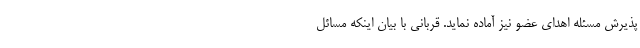
پذیرش مسئله اهدای عضو نیز آماده نماید. قربانی با بیان اینکه مسائل